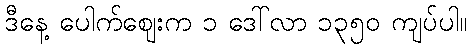
ဒီနေ့ ပေါက်ဈေးက ၁ ဒေါ်လာ ၁၃၅၀ ကျပ်ပါ။